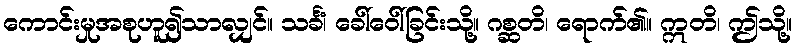
ကောင်းမှုအစုဟူ၍သာလျှင်။ သင်္ခံ၊ ခေါ်ဝေါ်ခြင်းသို့။ ဂစ္ဆတိ၊ ရောက်၏။ ဣတိ၊ ဤသို့။